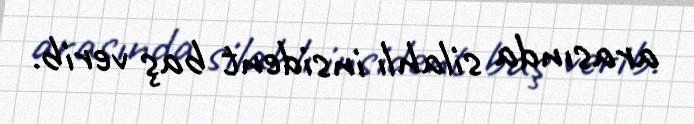
arasında silahlı insident baş verib.